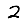
Digit: 2